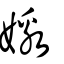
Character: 嬓